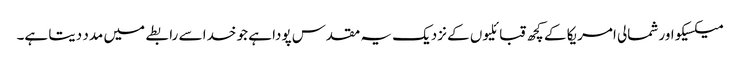
میکسیکو اور شمالی امریکا کے کچھ قبائلیوں کے نزدیک یہ مقدس پودا ہے جو خدا سے رابطے میں مدد دیتا ہے۔